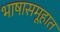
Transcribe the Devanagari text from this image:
भाषासमूहात